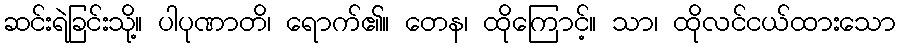
ဆင်းရဲခြင်းသို့။ ပါပုဏာတိ၊ ရောက်၏။ တေန၊ ထိုကြောင့်။ သာ၊ ထိုလင်ငယ်ထားသော